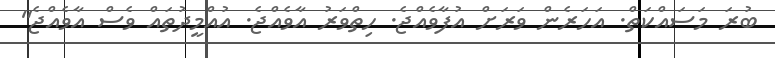
ބުރަ މަސައްކަތް. އަހަރެން ވަރަށް އުފާވެއްޖެ. ހިތްވަރު އާވެއްޖެ. އުއްމީދުތައް ވެސް އާވެއްޖެ"